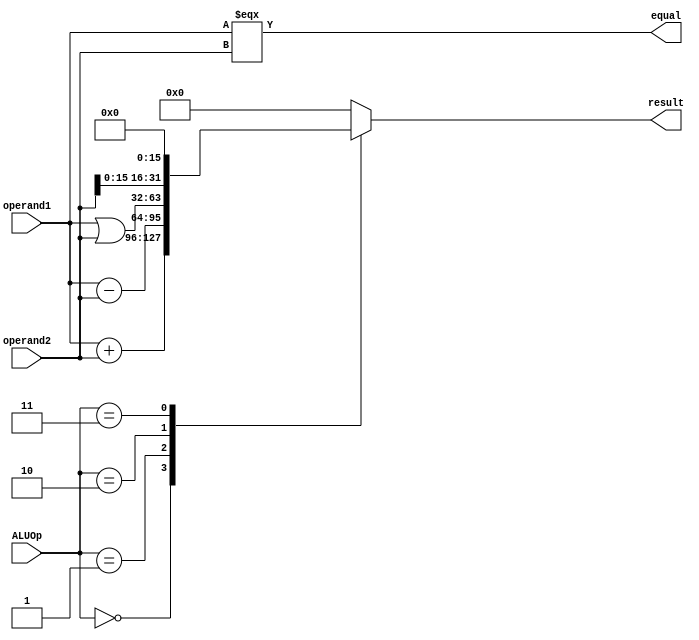
`timescale 1ns / 1ps
`define ADD 3'h0
`define SUB 3'h1
`define OR 3'h2
`define LUI 3'h3
module ALU(
    input [31:0] operand1,
    input [31:0] operand2,
    input [2:0] ALUOp,
    output equal,
    output reg [31:0] result
    );

	assign equal=(operand1===operand2);
	always@(*)begin
		case(ALUOp)
			`ADD:result=operand1+operand2;
			`SUB:result=operand1-operand2;
			`OR:result=operand1|operand2;
			`LUI:result={operand2[15:0],16'h0};
			default:result=0;
		endcase
	end

endmodule